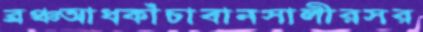
ব্রঞ্চআধকাঁচাবানসালীরসর